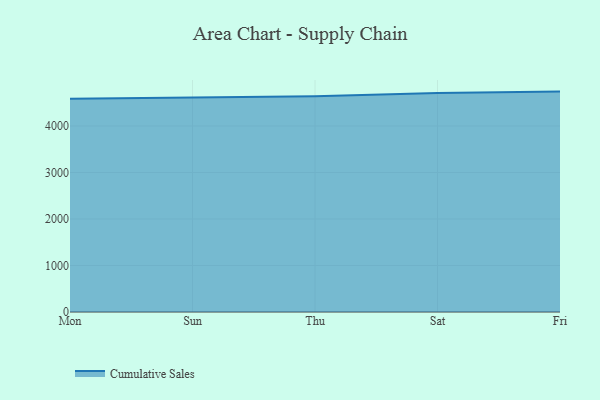
{"axis": {"x": "Day", "y": "Budget (USD K)"}, "legend": ["Cumulative Sales"], "data": [{"x": "Mon", "y": 4584.2, "type": "Cumulative Sales"}, {"x": "Sun", "y": 4603.0, "type": "Cumulative Sales"}, {"x": "Thu", "y": 4637.0, "type": "Cumulative Sales"}, {"x": "Sat", "y": 4709.8, "type": "Cumulative Sales"}, {"x": "Fri", "y": 4739.5, "type": "Cumulative Sales"}]}